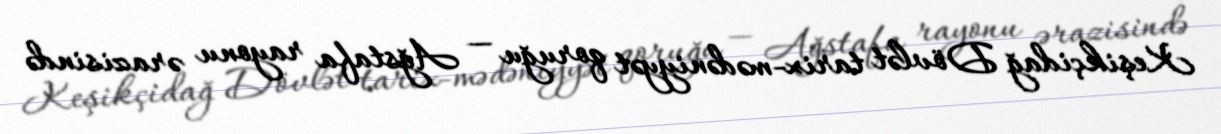
Keşikçidağ Dövlət tarix-mədəniyyət qoruğu — Ağstafa rayonu ərazisində